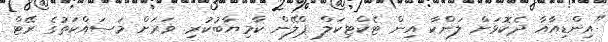
"އިންޑިއާއާ ދެކޮޅަށް ލަންކާ އިން ޓެކްޓިކަލް ޕްލޭން ކާމިޔާބުކުރި. ވަރަށް މަސައްކަތުގެ ރޭޓް